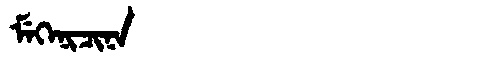
Manchu: ᠮᡝᡴᡝᠨᡳᠴᡳᠨᠠ
Romanization: MEKENICINA